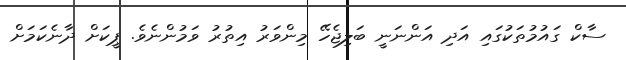
ސާކް ގައުމުތަކުގައި އަދި އަންނަނީ ބަލިޖެހޭ މިންވަރު އިތުރު ވަމުންނެވެ. ޕީކަށް ދާނެކަމަށް